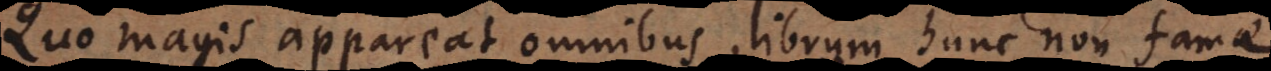
magis appareat omnibus, librum hunc non fam